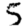
Digit: 5